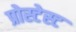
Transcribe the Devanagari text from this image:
प्रोस्टेस्ट